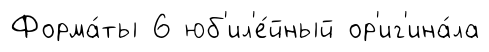
Форма́ты 6 юб'ил'е́йный ор'иг'ина́ла